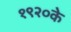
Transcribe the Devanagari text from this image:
१९२०के